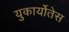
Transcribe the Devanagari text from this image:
युकार्योतेस